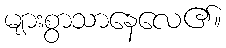
များစွာသာနေလေ၏။